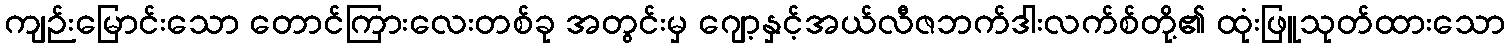
ကျဉ်းမြောင်းသော တောင်ကြားလေးတစ်ခု အတွင်းမှ ဂျော့နှင့်အယ်လီဇဘက်ဒါးလက်စ်တို့၏ ထုံးဖြူသုတ်ထားသော